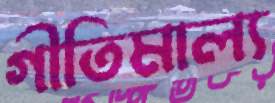
গীতিমাল্য